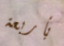
بأربعة